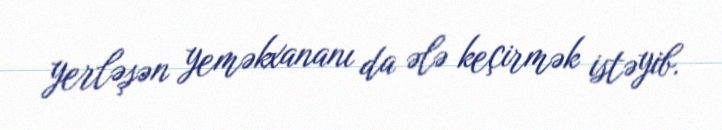
yerləşən yeməkxananı da ələ keçirmək istəyib.